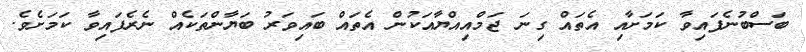
ބަސްބުނެފައިވާ ކަމަށާއި އެތައް ގިނަ ޖަމްއިއްޔާއަކުން އެތައް ބައިވަރު ބަޔާންތަކެއް ނެރެފައިވާ ކަމަށެވެ.